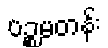
ပဉ္စမတန်း